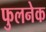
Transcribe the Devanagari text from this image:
फुलनेक